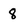
Character: 8